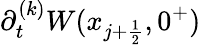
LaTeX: \partial_{t}^{(k)}W(x_{j+\frac{1}{2}},0^{+})